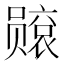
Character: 𫬙